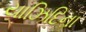
યાઝિદિના